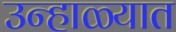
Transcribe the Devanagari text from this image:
उन्‍हाळ्यात